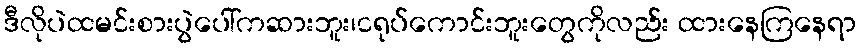
ဒီလိုပဲထမင်းစားပွဲပေါ်ကဆားဘူး၊ငရုပ်ကောင်းဘူးတွေကိုလည်း ထားနေကြနေရာ